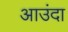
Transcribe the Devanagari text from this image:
आउंदा